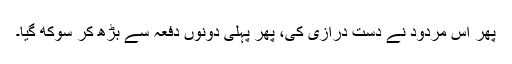
پھر اس مردود نے دست درازی کی، پھر پہلی دونوں دفعہ سے بڑھ کر سوکھ گیا۔